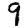
Digit: 9